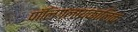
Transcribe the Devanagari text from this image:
पॉलिग्लायकालिक